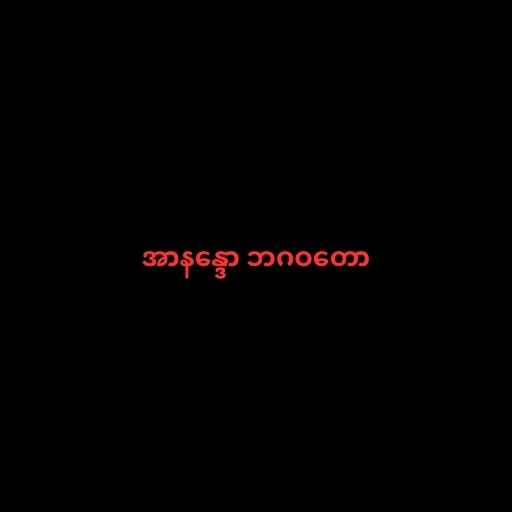
အာနန္ဒော ဘဂဝတော